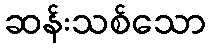
ဆန်းသစ်သော